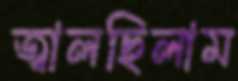
জ্বালছিলাম